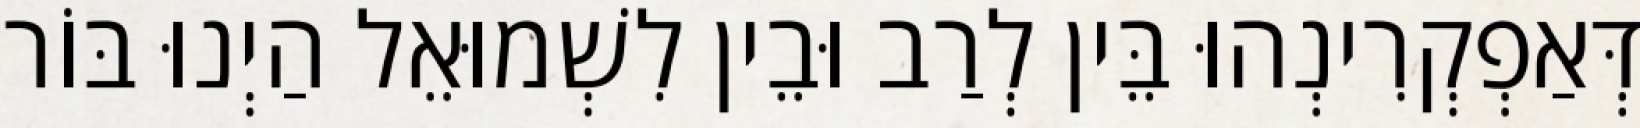
דְּאַפְקְרִינְהוּ בֵּין לְרַב וּבֵין לִשְׁמוּאֵל הַיְנוּ בּוֹר